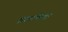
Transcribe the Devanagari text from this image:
इंटरफेश